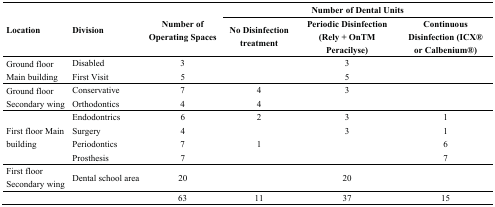
<table><thead><tr><td rowspan="2"><b>Location</b></td><td rowspan="2"><b>Division</b></td><td rowspan="2"><b>Number of Operating Spaces</b></td><td colspan="3"><b>Number of Dental Units</b></td></tr><tr><td><b>No Disinfection treatment</b></td><td><b>Periodic Disinfection (Rely + OnTM Peracilyse)</b></td><td><b>Continuous Disinfection (ICX® or Calbenium®)</b></td></tr></thead><tbody><tr><td rowspan="2">Ground floor Main building</td><td>Disabled</td><td>3</td><td>[EMPTY_CELL]</td><td>3</td><td>[EMPTY_CELL]</td></tr><tr><td>First Visit</td><td>5</td><td>[EMPTY_CELL]</td><td>5</td><td>[EMPTY_CELL]</td></tr><tr><td rowspan="2">Ground floor Secondary wing</td><td>Conservative</td><td>7</td><td>4</td><td>3</td><td>[EMPTY_CELL]</td></tr><tr><td>Orthodontics</td><td>4</td><td>4</td><td>[EMPTY_CELL]</td><td>[EMPTY_CELL]</td></tr><tr><td rowspan="4">First floor Main building</td><td>Endodontrics</td><td>6</td><td>2</td><td>3</td><td>1</td></tr><tr><td>Surgery</td><td>4</td><td>[EMPTY_CELL]</td><td>3</td><td>1</td></tr><tr><td>Periodontics</td><td>7</td><td>1</td><td>[EMPTY_CELL]</td><td>6</td></tr><tr><td>Prosthesis</td><td>7</td><td>[EMPTY_CELL]</td><td>[EMPTY_CELL]</td><td>7</td></tr><tr><td>First floor Secondary wing</td><td>Dental school area</td><td>20</td><td>[EMPTY_CELL]</td><td>20</td><td>[EMPTY_CELL]</td></tr><tr><td>[EMPTY_CELL]</td><td>[EMPTY_CELL]</td><td>63</td><td>11</td><td>37</td><td>15</td></tr></tbody></table>